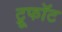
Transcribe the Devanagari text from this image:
ट्रूफॉट